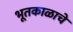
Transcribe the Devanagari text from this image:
भूतकाळाचे